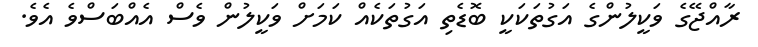
ރާއްޖޭގެ ވަކީލުންގެ އަގުތަކަކީ ބޮޑެތި އަގުތަކެއް ކަމަށް ވަކީލުން ވެސް އެއްބަސްވެ އެވެ.